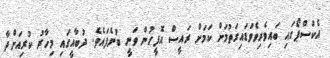
އެކްސްޕޯގައި ބައިވެރިވެވަޑައިގަތުމަށް ކަމަށް ރައީސް އޮފީހުން ވަނީ ބުނެފައެވެ. ދުބާއީގައި މިހާރު ކުރިއަށްދާ